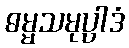
ဓမ္မသမုပ္ပါဒံ